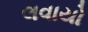
લવાયો